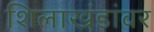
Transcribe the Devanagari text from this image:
शिलाखंडांवर